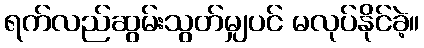
ရက်လည်ဆွမ်းသွတ်မျှပင် မလုပ်နိုင်ခဲ့။